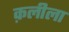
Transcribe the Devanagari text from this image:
क़लीला